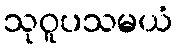
သုဝူပသမယံ